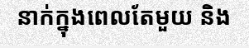
នាក់ក្នុងពេលតែមួយ និង